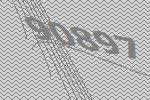
90897